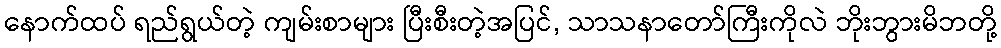
နောက်ထပ် ရည်ရွယ်တဲ့ ကျမ်းစာများ ပြီးစီးတဲ့အပြင်, သာသနာတော်ကြီးကိုလဲ ဘိုးဘွားမိဘတို့